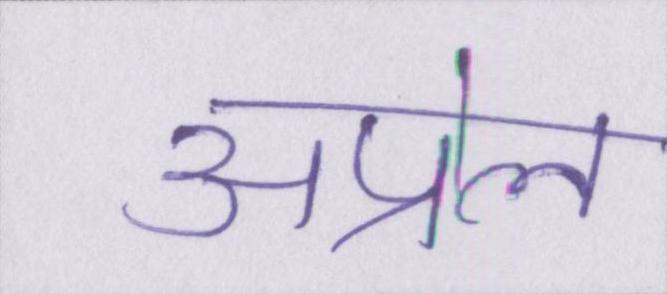
अप्रेल